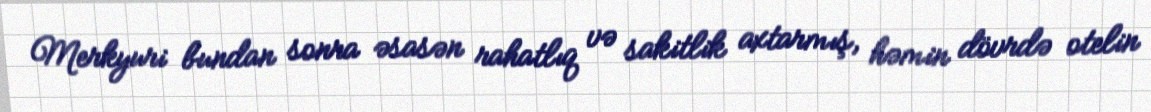
Merkyuri bundan sonra əsasən rahatlıq və sakitlik axtarmış, həmin dövrdə otelin